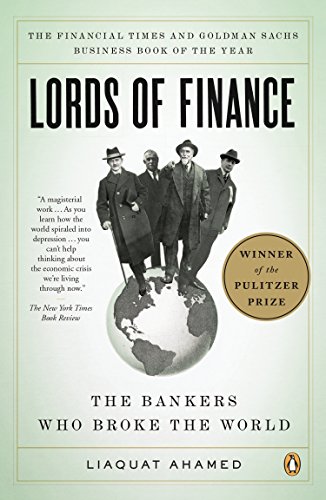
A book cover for Lords of Finance: The Bankers Who Broke the World; Liaquat Ahamed; Business & Money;